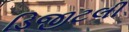
ડિજીટલી